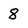
Character: 8